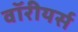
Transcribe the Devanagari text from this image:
वॉरीयर्स